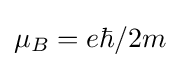
\mu _{B}={e\hbar }/2m